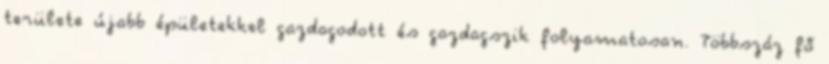
területe újabb épületekkel gazdagodott és gazdagszik folyamatosan. Többszáz fő